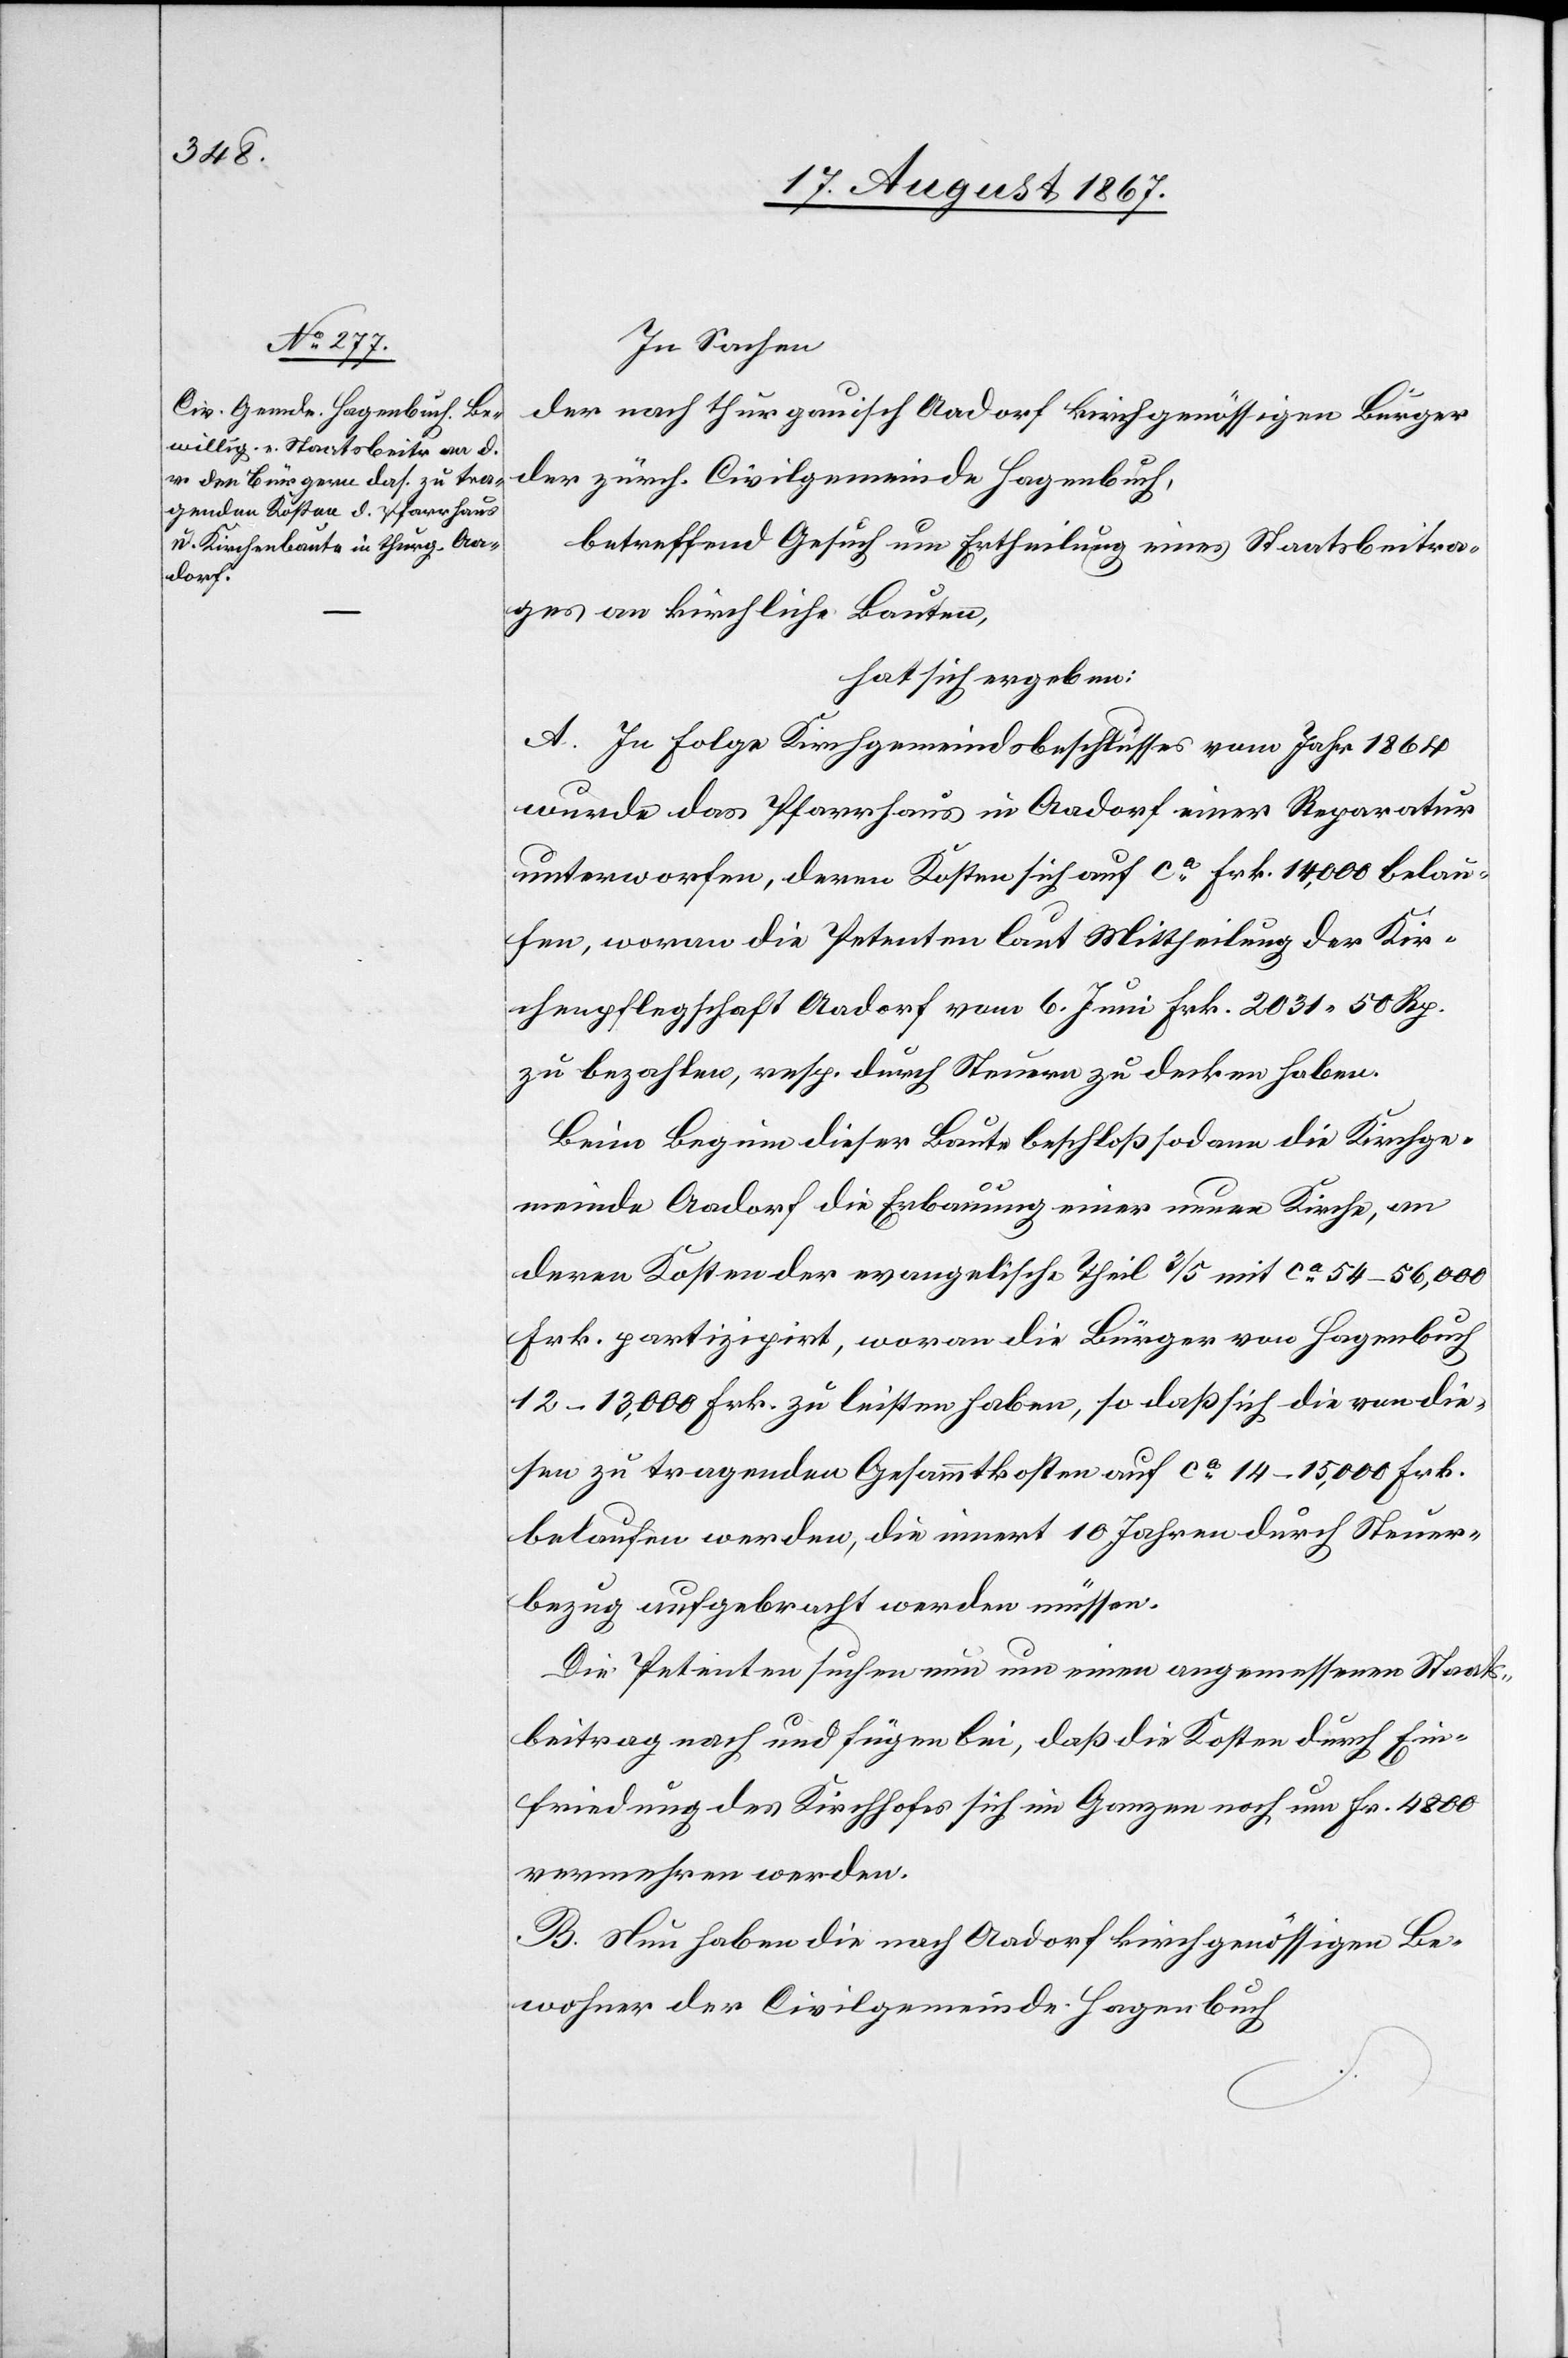
In Sachen
der nach thurgauisch Aadorf kirchgenössigen Bürger
der zürch. Civilgemeinde Hagenbuch,
betreffend Gesuch um Ertheilung eines Staatsbeitra¬
ges an kirchliche Bauten,
hat sich ergeben:
A. In Folge Kirchgemeindsbeschlusses vom Jahr 1864
wurde das Pfarrhaus in Aadorf einer Reparatur
unterworfen, deren Kosten sich auf ca. Frk. 14 000 belau¬
fen, woran die Petenten laut Mittheilung der Kir¬
chenpflegschaft Aadorf vom 6. Juni Frk. 2031.50 Rp.
zu bezahlen, resp. durch Steuern zu decken haben.
Beim Beginn dieser Baute beschloß sodann die Kirchge¬
meinde Aadorf die Erbauung einer neuen Kirche, an
deren Kosten der evangelische Theil 2/5 mit ca. 44–46 000
Frk. partizipirt, woran die Bürger von Hagenbuch
12–13 000 Frk. zu leisten haben, so daß sich die von die¬
sen zu tragenden Gesammtkosten auf ca. 14–15 000 Frk.
belaufen werden, die innert 10 Jahren durch Steuer¬
bezug aufgebracht werden müssen.
Die Petenten suchen nun um einen angemessenen Staats¬
beitrag nach und fügen bei, daß die Kosten durch Ein¬
friedung des Kirchhofes sich im Ganzen noch um Fr. 4800
vermehren werden.
B. Nun haben die nach Aadorf kirchgenössigen Be¬
wohner der Civilgemeinde Hagenbuch